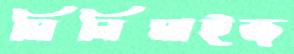
মিনিমাইজ